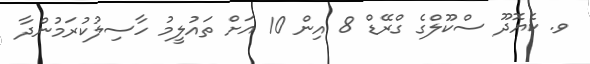
ވ. ކެޔޮދޫ ސްކޫލްގެ ގްރޭޑް 8 އިން 10 އަށް ތައުލީމު ހާސިލުކުރަމުންދާ